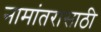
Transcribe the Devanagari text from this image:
नामांतरासाठी